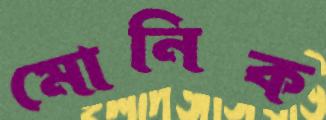
মোনিক